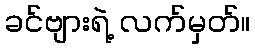
ခင်ဗျားရဲ့ လက်မှတ်။